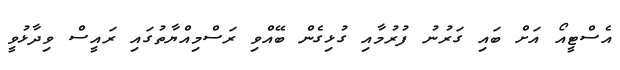
އެސްޓީއޯ އަށް ބައި ގަރުނު ފުރުމާއި ގުޅިގެން ބޭއްވި ރަސްމިއްޔާތުގައި ރައީސް ވިދާޅުވީ